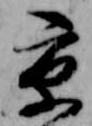
京